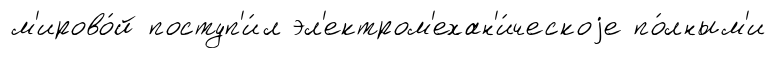
м'ирово́й поступ'и́л эл'ектром'ехан'и́ческоjе по́лным'и